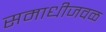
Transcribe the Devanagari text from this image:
समाधीजवळ